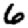
Digit: 6